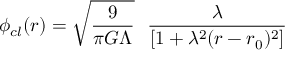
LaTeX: \phi _ { c l } ( r ) = { \sqrt { \frac { 9 } { \pi G \Lambda } } } ~ ~ \frac { \lambda } { [ 1 + \lambda ^ { 2 } ( r - r _ { 0 } ) ^ { 2 } ] }